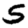
Digit: 5